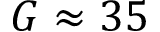
G \approx 3 5